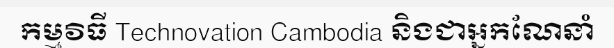
កម្មវិធី Technovation Cambodia និងជាអ្នកណែនាំ